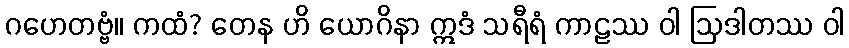
ဂဟေတဗ္ဗံ။ ကထံ? တေန ဟိ ယောဂိနာ ဣဒံ သရီရံ ကာဠဿ ဝါ ဩဒါတဿ ဝါ